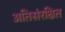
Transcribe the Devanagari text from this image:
अतिसंरक्षित